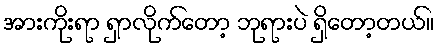
အားကိုးရာ ရှာလိုက်တော့ ဘုရားပဲ ရှိတော့တယ်။